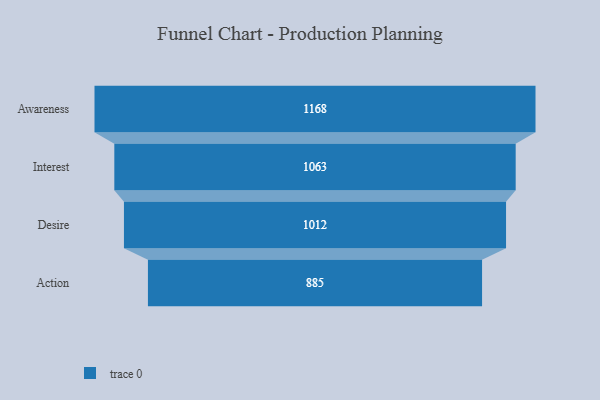
{"axis": {"x": "Stage", "y": "Value"}, "legend": [""], "data": [{"x": "Awareness", "y": 1168.0, "type": ""}, {"x": "Interest", "y": 1063.0, "type": ""}, {"x": "Desire", "y": 1012.0, "type": ""}, {"x": "Action", "y": 885.0, "type": ""}]}